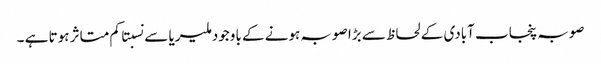
صوبہ پنجاب آبادی کے لحاظ سے بڑا صوبہ ہونے کے باوجود ملیریا سے نسبتا کم متاثر ہوتا ہے ۔